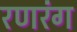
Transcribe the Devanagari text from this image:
रणरंग